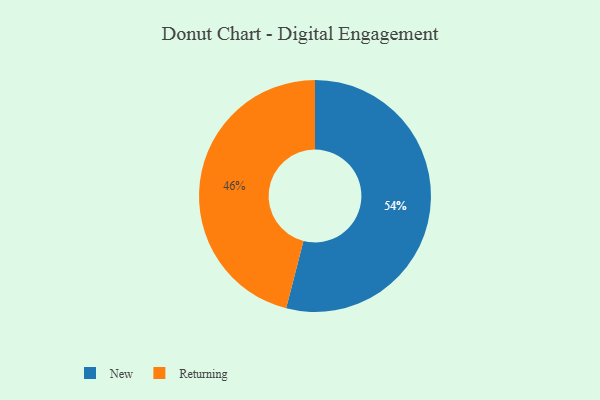
{"axis": {"x": "Category", "y": "Percentage"}, "legend": ["New", "Returning"], "data": [{"x": "Returning", "y": 46, "type": "Returning"}, {"x": "New", "y": 54, "type": "New"}]}